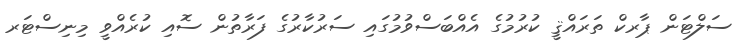
ސަލްޓަން ޕާރކް ތަރައްޤީ ކުރުމުގެ އެއްބަސްވުމުގައި ސަރުކާރުގެ ފަރާތުން ސޮއި ކުރެއްވީ މިނިސްޓަރ